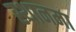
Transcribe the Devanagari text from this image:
स्थानमा